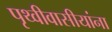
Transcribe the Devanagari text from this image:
पृथ्वीवासीयांना